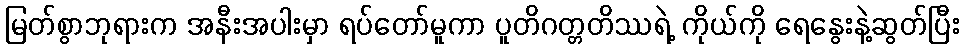
မြတ်စွာဘုရားက အနီးအပါးမှာ ရပ်တော်မူကာ ပူတိဂတ္တတိဿရဲ့ ကိုယ်ကို ရေနွေးနဲ့ဆွတ်ပြီး